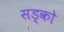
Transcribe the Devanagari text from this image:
सड्को